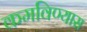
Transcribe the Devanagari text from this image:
कमविण्यास